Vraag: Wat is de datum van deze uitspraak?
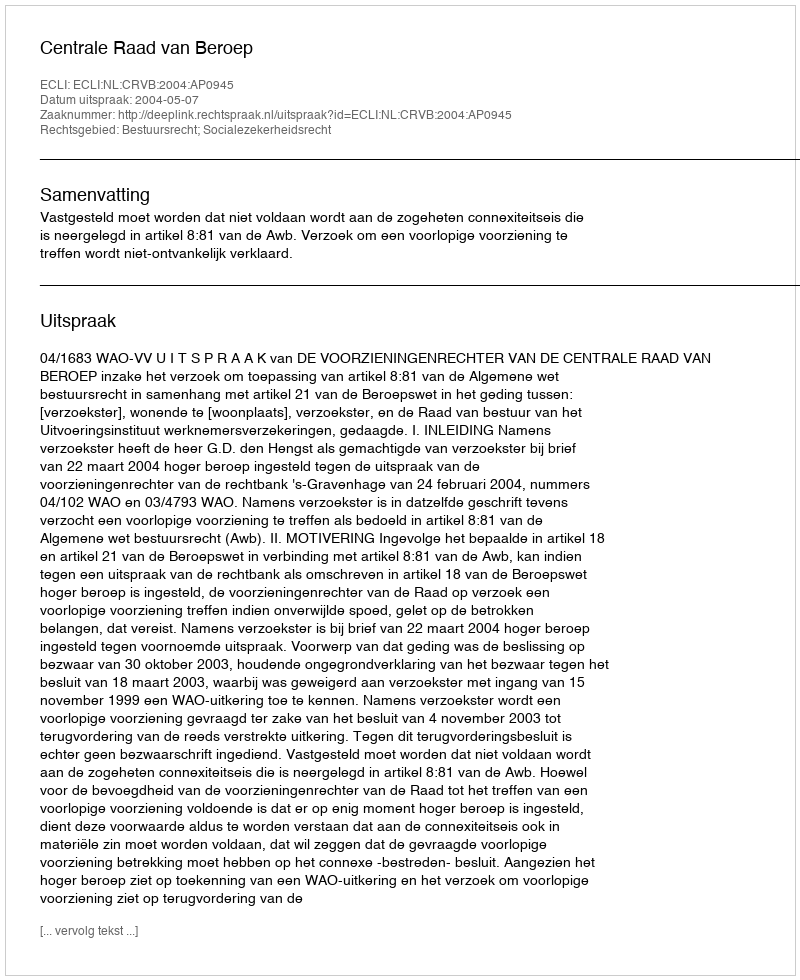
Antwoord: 2004-05-07